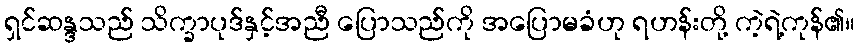
ရှင်ဆန္ဒသည် သိက္ခာပုဒ်နှင့်အညီ ပြောသည်ကို အပြောမခံဟု ရဟန်းတို့ ကဲ့ရဲ့ကုန်၏။